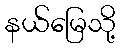
နယ်မြေသို့